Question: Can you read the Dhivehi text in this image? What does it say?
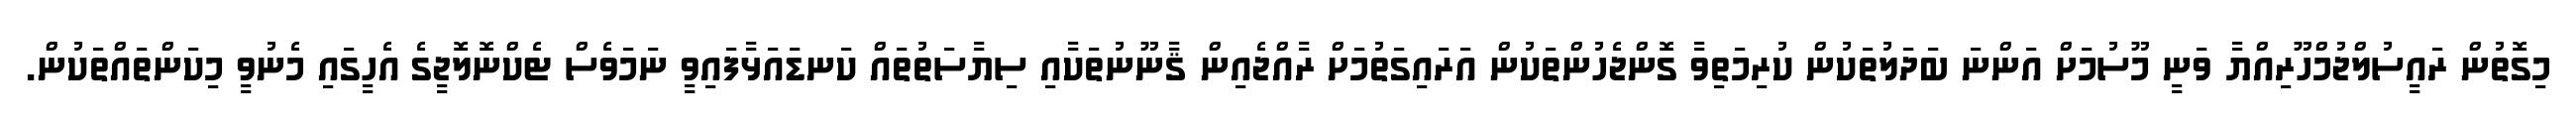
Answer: މިގޮތުން ރައީސުލްޖުމްހޫރިއްޔާ ވަނީ މޫސުމަށް އަންނަ ބަދަލުތަކުން ކުރިމަތިވާ ގޮންޖެހުންތަކުން އަރައިގަތުމަށް ރާއްޖެއިން ޤާނޫނުތަކާއި ސިޔާސަތުތައް ކަނޑައަޅާފައިވީ ނަމަވެސް ޓެކްނޮލޮޖީގެ އެހީގައި މެނުވީ މިކަންތައްތަކުން.